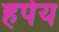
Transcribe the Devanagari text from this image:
हपेय